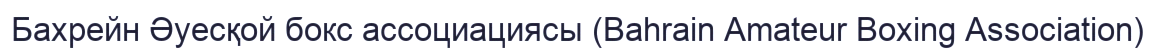
Бахрейн Әуесқой бокс ассоциациясы (Bahrain Amateur Boxing Association)